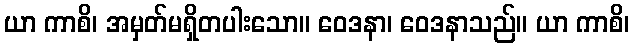
ယာ ကာစိ၊ အမှတ်မရှိတပါးသော။ ဝေဒနာ၊ ဝေဒနာသည်။ ယာ ကာစိ၊